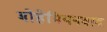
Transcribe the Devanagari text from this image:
बोहेमियनवाद